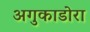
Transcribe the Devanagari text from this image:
अगुकाडोरा